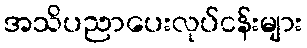
အသိပညာပေးလုပ်ငန်းများ